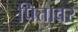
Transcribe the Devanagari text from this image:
पित्तावर